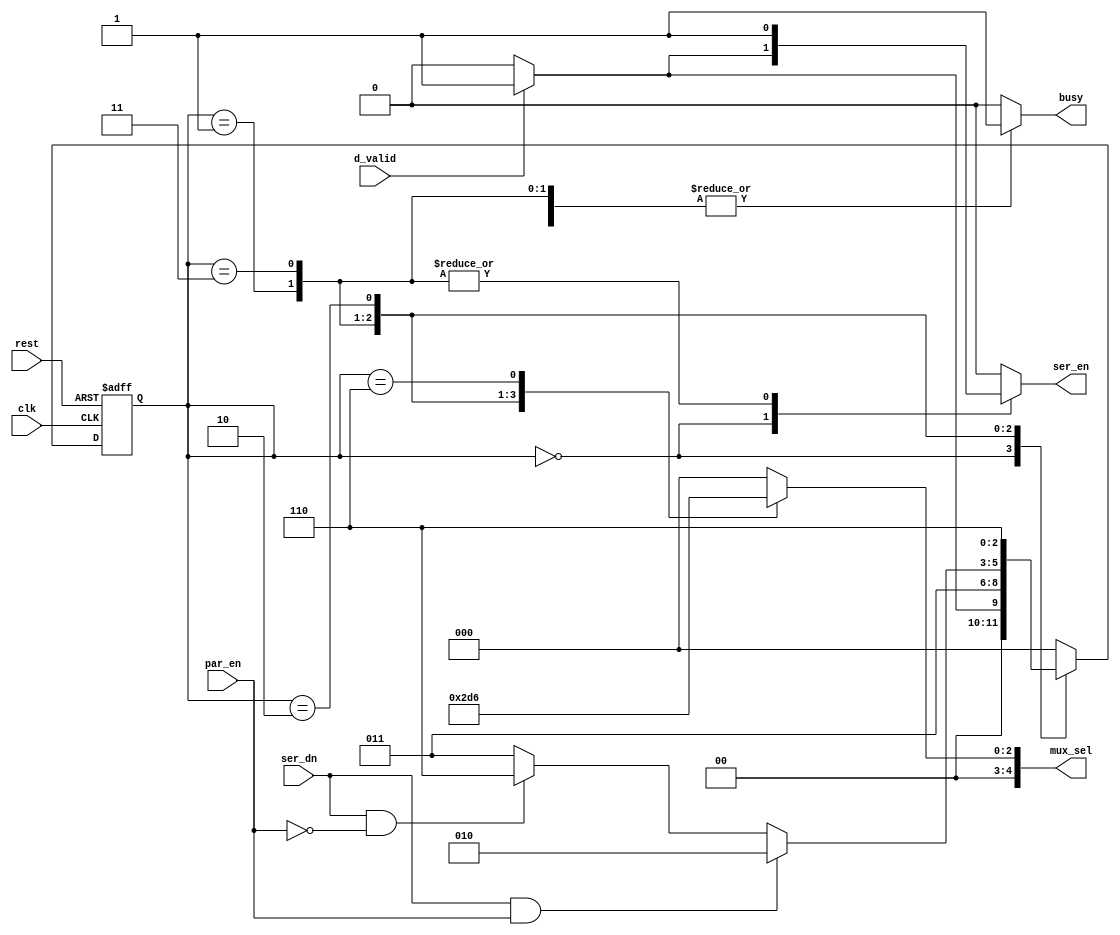
module fsm_tx (
input wire clk,
input wire rest,
input wire d_valid,
input wire par_en,
input wire ser_dn ,
output reg [4:0]mux_sel,
output reg ser_en,
output reg busy
);

localparam [2:0] idle = 3'b000 ,
                 start= 3'b001 ,
				 data = 3'b011 ,
			  par_bit = 3'b010 ,
				 stop = 3'b110 ;
				 
reg  [2:0] next_state , current_state ;

//satate transition
always@(posedge clk , negedge rest)
begin
   if(!rest)
       begin 
	      current_state <= idle ;
		end
	else 
	   begin 
	      current_state <= next_state ;
	    end 
end


//next_state_logic

always@(*)
begin 
  case (current_state)
     idle : begin 
	         if (d_valid)
	         next_state = start ;
	          else
			  next_state = idle;
			 end
	 start : begin 
	            
			     next_state = data ;
				
			 end
	 data  : begin 
	           if (ser_dn && par_en)
                 next_state = par_bit ;
			   else if (ser_dn && !par_en)
			      next_state = stop ;
			   else
                 next_state = data ;
			 end
    par_bit: begin 
               next_state= stop ;
              end			   
			   
	 stop   : begin
               next_state = idle;
            end	
     default : begin 
               	next_state = idle;
               end	   
	 endcase
end
	 

				 
			
			
			
//output_logic			
always@(*)
begin 
   case (current_state)
      idle : begin
	        busy = 1'b0 ;
			mux_sel = idle ;
			if (d_valid)
			  ser_en = 1'b1;
			 else
			  ser_en = 1'b0;
			  end
	  start : begin 
            busy = 1'b1 ;
            mux_sel = start ;
            ser_en = 1'b1 ;
			  end
       data : begin 
             busy = 1'b1 ;
             mux_sel = data ;
        	 ser_en = 1'b1 ;
			   end
	   par_bit : begin 
              busy = 1'b1 ;
              mux_sel = par_bit ;
              ser_en = 1'b0 ;
                 end
       stop : begin 
              busy = 1'b1 ;
              mux_sel = stop ;
              ser_en = 	1'b0 ;	  
         			 end
      default : begin 
                 busy = 1'b0 ;
            mux_sel = idle ;
            ser_en = 1'b0 ;
                end
					 endcase 
					 
end
endmodule